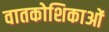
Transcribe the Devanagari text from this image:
वातकोशिकाओं